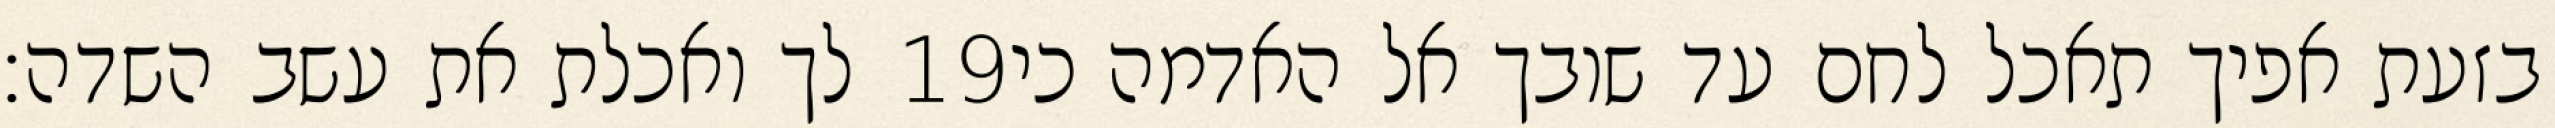
לך ואכלת את עשב השדה׃ ‎19‏ בזעת אפיך תאכל לחם עד שובך אל האדמה כי